Annual report on the working of the mental hospitals in the Madras Presidency - 1912-1932
Year: 1912
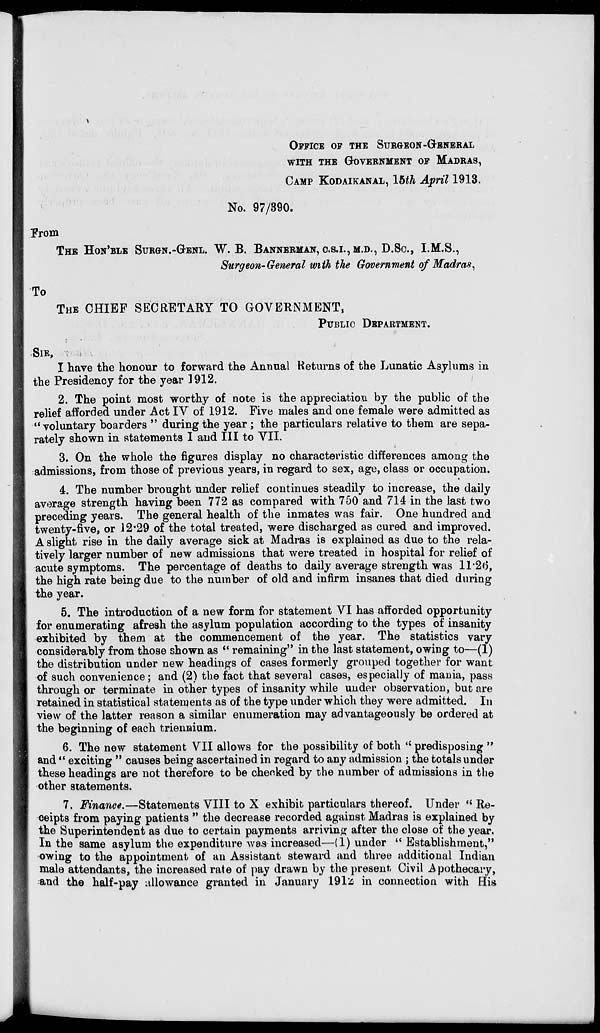
OFFICE OF THE SURGEON-GENERAL
WITH THE GOVERNMENT OF MADRAS,
CAMP KODAIKANAL, lbth April 1913.
No. 97/390.
From
To
THE HON'BLE SURGN.-GENL. W. B. BANNERMAN, C.S.I.,M.D., D.SC, I.M.S.,
Surgeon-General with the Government of Madras,
THE CHIEF SECRETARY TO GOVERNMENT,
PUBLIC DEPARTMENT.
SIR,
; > i
I have the honour to forward the Annual Returns of the Lunatic Asylums in
the Presidency for the year 1912.
2. The point most worthy of note is the appreciation by the public of the
relief afforded under Act IV of 1912. Five males and one female were admitted as
"voluntary boarders " during the year ; the particulars relative to them are sepa-
rately shown in statements I and III to VII.
3. On the whole the figures display no characteristic differences among the
admissions, from those of previous years, in regard to sex, age, class or occupation.
4. The number brought under relief continues steadily to increase, the daily
average strength having been 772 as compared with 750 and 714 in the last two
preceding years. The general health of the inmates was fair. One hundred and
twenty-five, or 12 - 29 of the total treated, were discharged as cured and improved.
A slight rise in the daily average sick at Madras is explained as due to the rela-
tively larger number of new admissions that were treated in hospital for relief of
acute symptoms. The percentage of deaths to daily average strength was 11'2(5,
the high rate being due to the number of old and infirm insanes that died during
the year.
5. The introduction of a new form for statement VI has afforded opportunity
for enumerating afresh the asylum population according to the types of insanity
exhibited by them at the commencement of the year. The statistics vary
considerably from those shown as " remaining" in the last statement, owing to—(1)
the distribution under new headings of cases formerly grouped together for want
of such convenience; and (2) the fact that several cases, especially of mania, pass
through or terminate in other types of insanity while under observation, but are
retained in statistical statements as of the type under which they were admitted. In
view of the latter reason a similar enumeration may advantageously be ordered at
the beginning of each triennium.
6. The new statement VII allows for the possibility of both " predisposing "
and " exciting " causes being ascertained in regard to any admission ; the totals under
these headings are not therefore to be checked by the number of admissions in the
other statements.
7. Finance.—Statements VIII to X exhibit particulars thereof. Under " Re-
ceipts from paying patients " the decrease recorded against Madras is explained by
the Superintendent as due to certain payments arriving after the close of the year.
In the same asylum the expenditure was increased—(1) under " Establishment,"
owing to the appointment of an Assistant steward and three additional Indian
male attendants, the increased rate of pay drawn by the present Civil .Apothecary,
and the half-pay allowance granted in January 1912 in connection with His